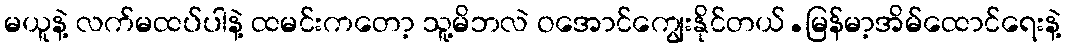
မယူနဲ့ လက်မထပ်ပါနဲ့ ထမင်းကတော့ သူ့မိဘလဲ ဝအောင်ကျွေးနိုင်တယ်.မြန်မာ့အိမ်ထောင်ရေးနဲ့